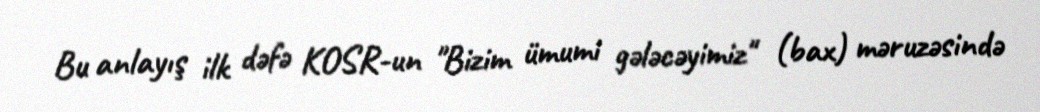
Bu anlayış ilk dəfə KOSR-un "Bizim ümumi gələcəyimiz" (bax) məruzəsində